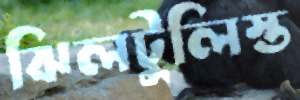
ঝিলটুলিস্ত